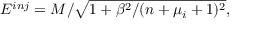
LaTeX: E ^ { i n j } = M / \sqrt { 1 + \beta ^ { 2 } / ( n + \mu _ { i } + 1 ) ^ { 2 } } ,